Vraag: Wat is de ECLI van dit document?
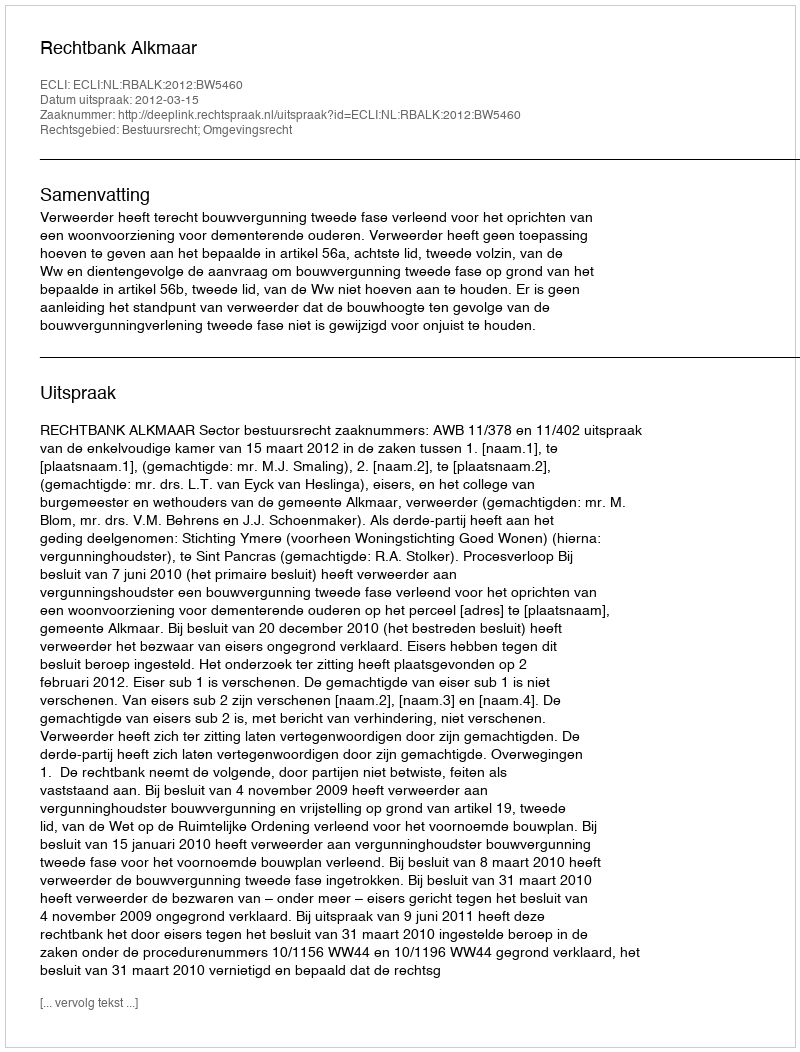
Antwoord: ECLI:NL:RBALK:2012:BW5460